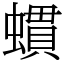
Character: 䗰